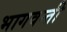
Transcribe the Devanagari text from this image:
भागवन्ती